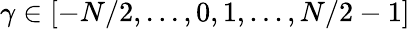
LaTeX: \gamma\in[-N/2,...,0,1,...,N/2-1]